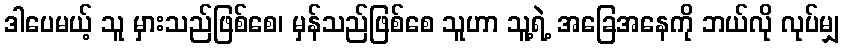
ဒါပေမယ့် သူ မှားသည်ဖြစ်စေ၊ မှန်သည်ဖြစ်စေ သူဟာ သူ့ရဲ့ အခြေအနေကို ဘယ်လို လုပ်မျှ